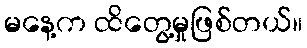
မနေ့က ထိတွေ့မှုဖြစ်တယ်။